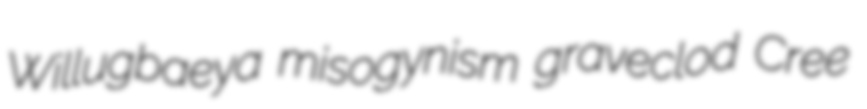
Willugbaeya misogynism graveclod Cree